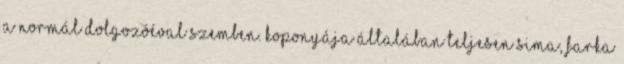
a normál dolgozóéval szemben. Koponyája általában teljesen sima, farka